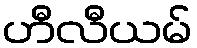
ဟီလီယမ်